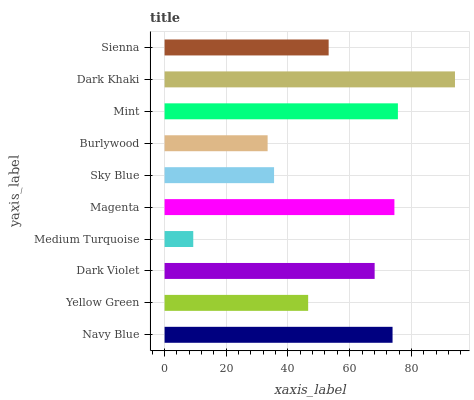
| yaxis_label | bars |
 | --- | --- |
 | Navy Blue | 73.9 |
 | Yellow Green | 46.5 |
 | Dark Violet | 68.1 |
 | Medium Turquoise | 9.29 |
 | Magenta | 74.5 |
 | Sky Blue | 35.5 |
 | Burlywood | 33.4 |
 | Mint | 75.6 |
 | Dark Khaki | 94.1 |
 | Sienna | 53.2 |